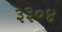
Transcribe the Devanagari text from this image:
३३०४